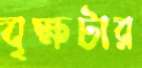
বৃক্ষটার